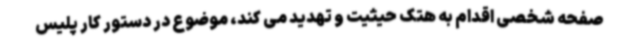
صفحه شخصی اقدام به هتک حیثیت و تهدید می کند، موضوع در دستور کار پلیس